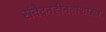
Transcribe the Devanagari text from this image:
संवेदनहीनताशास्त्र